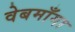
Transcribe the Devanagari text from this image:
वेबमाँगा